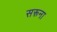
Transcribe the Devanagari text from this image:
सरूना